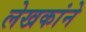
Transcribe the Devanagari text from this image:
लेखकांने